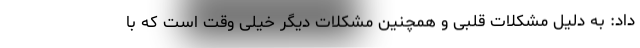
داد: به دلیل مشکلات قلبی و همچنین مشکلات دیگر خیلی وقت است که با